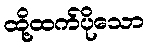
ထို့ထက်ပိုသော